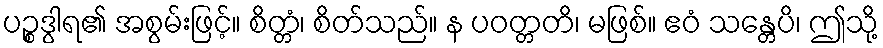
ပဉ္စဒွါရ၏ အစွမ်းဖြင့်။ စိတ္တံ၊ စိတ်သည်။ န ပဝတ္တတိ၊ မဖြစ်။ ဧဝံ သန္တေပိ၊ ဤသို့